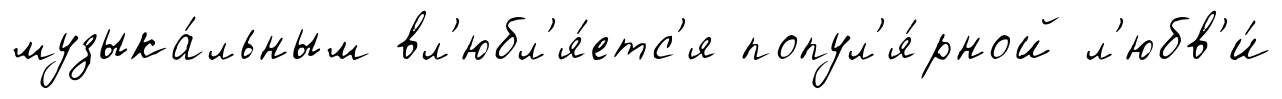
музыка́льным вл'юбл'я́етс'я попул'я́рной л'юбв'и́